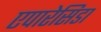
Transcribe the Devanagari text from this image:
एपारेसिडा